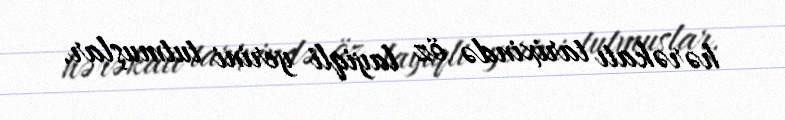
hərəkatı tarixində öz layiqli yerini tutmuşlar.